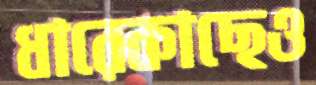
ধারেকাছেও